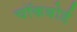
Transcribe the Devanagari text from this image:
चॉकबोर्ड